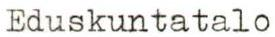
Eduskuntatalo